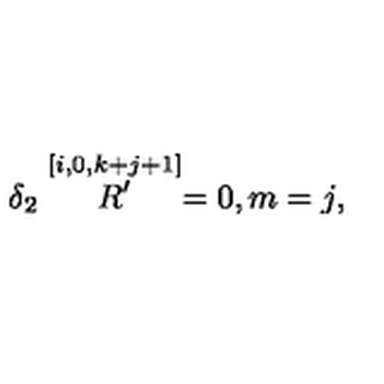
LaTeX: \delta _ { 2 } \stackrel { [ i , 0 , k + j + 1 ] } { R ^ { \prime } } = 0 , m = j ,